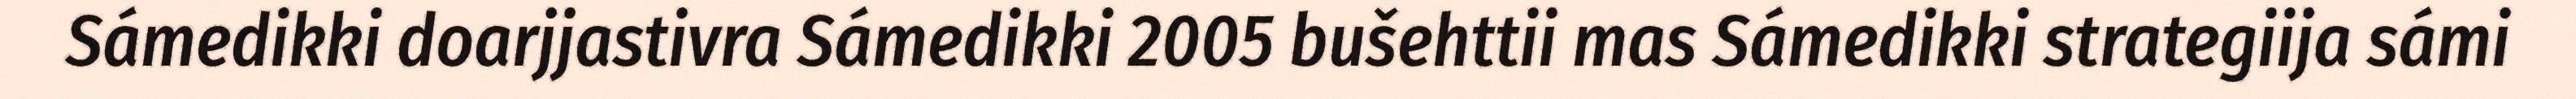
Sámedikki doarjjastivra Sámedikki 2005 bušehttii mas Sámedikki strategiija sámi